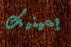
بعينيك